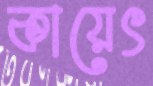
কায়েৎ